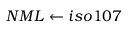
N M L \leftarrow i s o 1 0 7 \